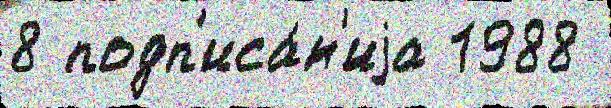
8 подп'иса́н'иjа 1988